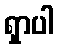
ရှာပါ